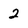
Character: 2